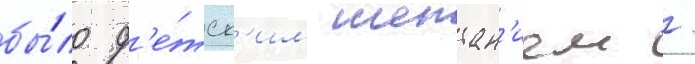
бы́ло д'е́тск'им шептан'ием /